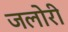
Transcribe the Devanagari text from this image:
जलोरी